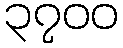
၃၇၀၀